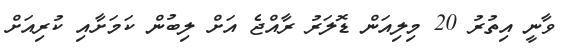
ވާނީ އިތުރު 20 މިލިއަން ޑޮލަރު ރާއްޖެ އަށް ލިބުން ކަމަށާއި ކުރިއަށް